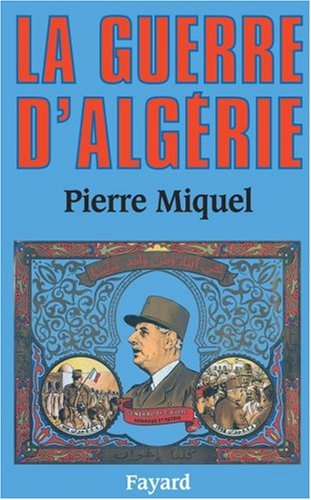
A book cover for La guerre d'Algerie (French Edition); Pierre Miquel; History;